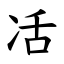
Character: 㓉